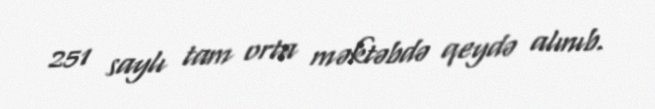
251 saylı tam orta məktəbdə qeydə alınıb.